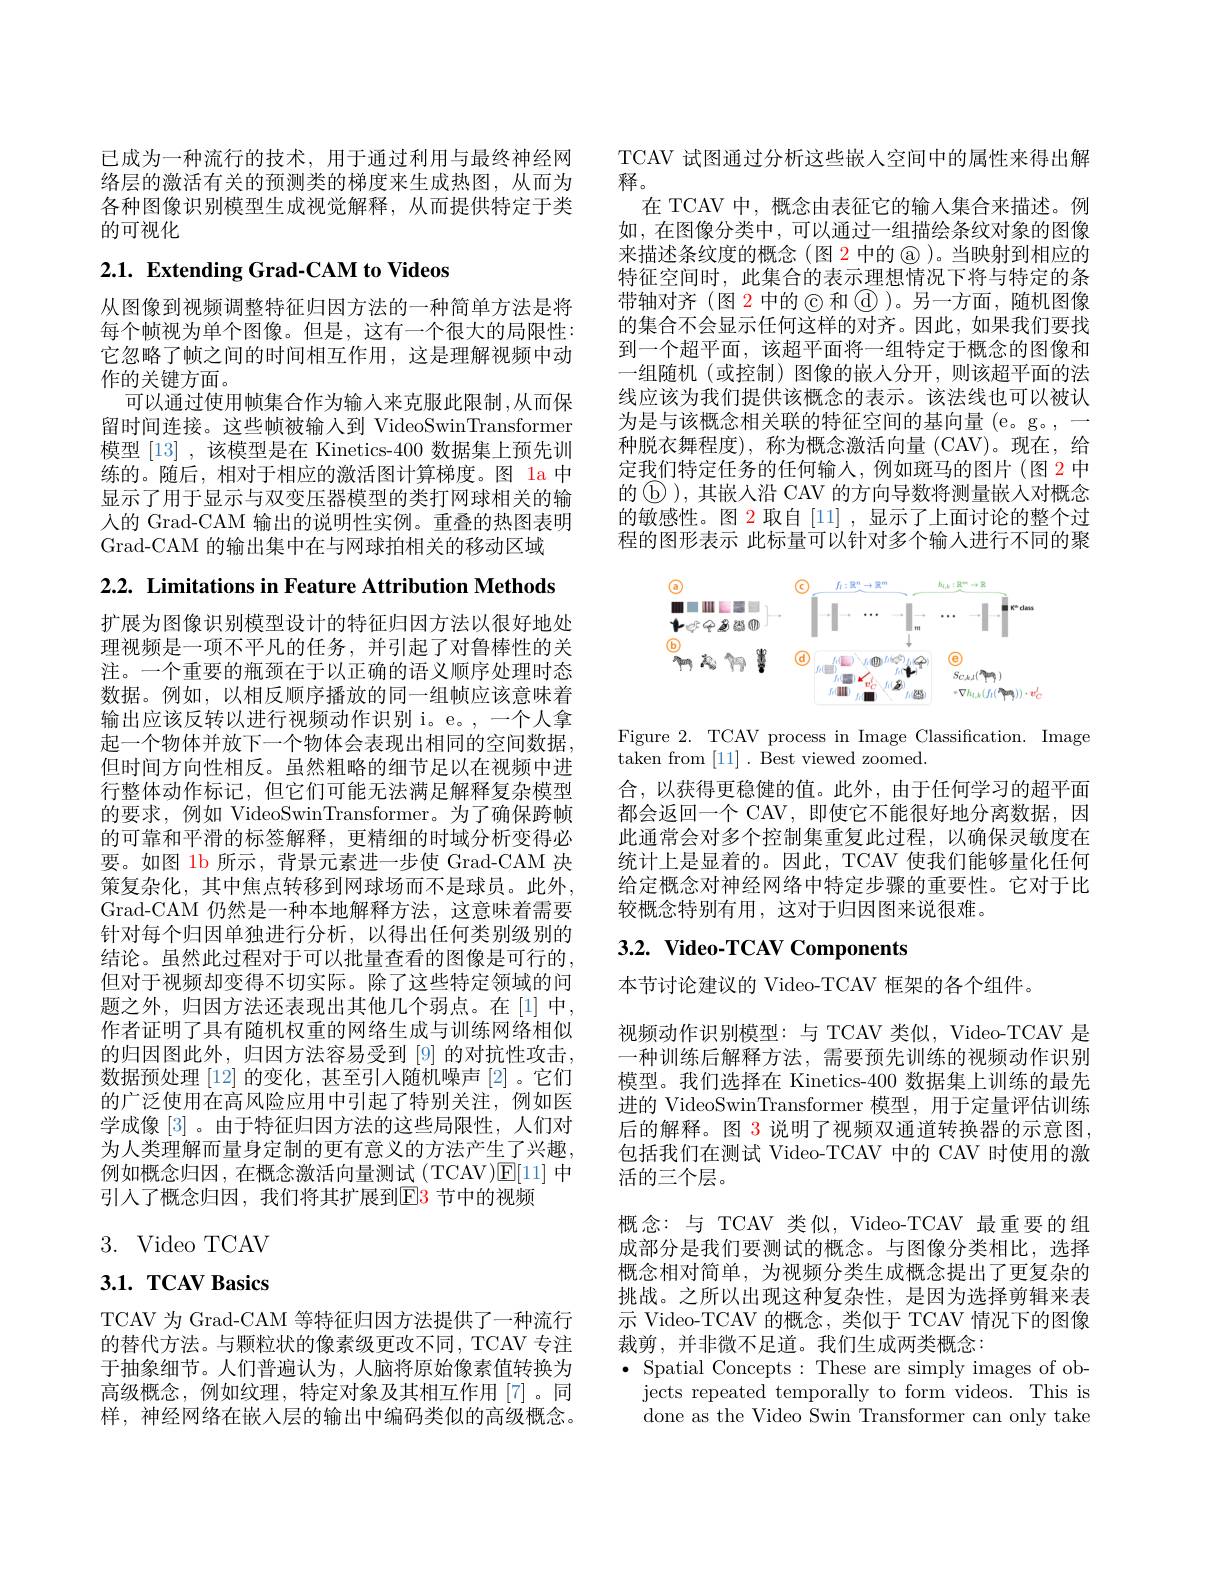
已成为一种流行的技术，用于通过利用与最终神经网络层的激活有关的预测类的梯度来生成热图，从而为各种图像识别模型生成视觉解释，从而提供特定于类的可视化

# 2.1. Extending Grad-CAM to Videos

从图像到视频调整特征归因方法的一种简单方法是将每个帧视为单个图像。但是，这有一个很大的局限性： 它忽略了帧之间的时间相互作用，这是理解视频中动作的关键方面。
可以通过使用帧集合作为输入来克服此限制 ,从而保留时间连接。这些帧被输入到 VideoSwinTransformer 模型 [13] , 该模型是在 Kinetics-400 数据集上预先训练的。随后，相对于相应的激活图计算梯度。图 1a 中显示了用于显示与双变压器模型的类打网球相关的输入的 Grad-CAM 输出的说明性实例。重叠的热图表明Grad-CAM 的输出集中在与网球拍相关的移动区域

2.2. Limitations in Feature Attribution Methods

扩展为图像识别模型设计的特征归因方法以很好地处理视频是一项不平凡的任务，并引起了对鲁棒性的关注。一个重要的瓶颈在于以正确的语义顺序处理时态数据。例如，以相反顺序播放的同一组帧应该意味着输出应该反转以进行视频动作识别 i。e。,一个人拿起一个物体并放下一个物体会表现出相同的空间数据， 但时间方向性相反。虽然粗略的细节足以在视频中进行整体动作标记，但它们可能无法满足解释复杂模型的要求，例如 VideoSwinTransformer。为了确保跨帧的可靠和平滑的标签解释，更精细的时域分析变得必要。如图 1b 所示，背景元素进一步使 Grad-CAM 决策复杂化，其中焦点转移到网球场而不是球员。此外， Grad-CAM 仍然是一种本地解释方法，这意味着需要针对每个归因单独进行分析，以得出任何类别级别的结论。虽然此过程对于可以批量查看的图像是可行的， 但对于视频却变得不切实际。除了这些特定领域的问题之外，归因方法还表现出其他几个弱点。在[1]中， 作者证明了具有随机权重的网络生成与训练网络相似的归因图此外，归因方法容易受到[9]的对抗性攻击， 数据预处理[12]的变化，甚至引入随机噪声[2]。它们的广泛使用在高风险应用中引起了特别关注，例如医学成像[3]。由于特征归因方法的这些局限性，人们对为人类理解而量身定制的更有意义的方法产生了兴趣， 例如概念归因，在概念激活向量测试(TCAV)$\mathbb{E}[11]$中引入了概念归因，我们将其扩展到$\color{red}{\mathrm{E3}}$节中的视频

3. Video TCAV

# $3. 1. \textbf{ TCAV Basics}$

TCAV 为 Grad-CAM 等特征归因方法提供了一种流行的替代方法。与颗粒状的像素级更改不同，TCAV 专注于抽象细节。人们普遍认为，人脑将原始像素值转换为高级概念，例如纹理，特定对象及其相互作用[7]。同样，神经网络在嵌人层的输出中编码类似的高级概念。

TCAV 试图通过分析这些嵌人空间中的属性来得出解
释。
在 TCAV 中，概念由表征它的输入集合来描述。例如，在图像分类中，可以通过一组描绘条纹对象的图像来描述条纹度的概念(图 2 中的$\textcircled{\mathrm{a}})$。当映射到相应的特征空间时，此集合的表示理想情况下将与特定的条带轴对齐(图 2 中的© 和$\textcircled{\mathrm{d}}$)。另一方面，随机图像的集合不会显示任何这样的对齐。因此，如果我们要找到一个超平面，该超平面将一组特定于概念的图像和一组随机(或控制)图像的嵌人分开，则该超平面的法线应该为我们提供该概念的表示。该法线也可以被认为是与该概念相关联的特征空间的基向量(e。g。,一种脱衣舞程度),称为概念激活向量(CAV)。现在，给定我们特定任务的任何输入，例如斑马的图片(图 2 中的$\textcircled{\mathrm{b}}$),其嵌人沿 CAV 的方向导数将测量嵌入对概念的敏感性。图 2 取自 [11] ,显示了上面讨论的整个过程的图形表示 此标量可以针对多个输入进行不同的聚

<FigureHere>

Figure 2. TCAV process in Image Classification. Image
taken from [11]. Best viewed zoomed.

合，以获得更稳健的值。此外，由于任何学习的超平面都会返回一个 CAV, 即使它不能很好地分离数据，因此通常会对多个控制集重复此过程，以确保灵敏度在统计上是显着的。因此，TCAV 使我们能够量化任何给定概念对神经网络中特定步骤的重要性。它对于比较概念特别有用，这对于归因图来说很难。

# $3. 2. \textbf{ Video- TCAV Components}$

本节讨论建议的 Video-TCAV 框架的各个组件。

视频动作识别模型：与 TCAV 类似，Video-TCAV 是一种训练后解释方法，需要预先训练的视频动作识别模型。我们选择在 Kinetics-400 数据集上训练的最先进的 VideoSwinTransformer 模型，用于定量评估训练后的解释。图 3 说明了视频双通道转换器的示意图， 包括我们在测试 Video-TCAV 中的 CAV 时使用的激活的三个层。
概念：与 TCAV 类似，Video-TCAV 最重要的组成部分是我们要测试的概念。与图像分类相比，选择概念相对简单，为视频分类生成概念提出了更复杂的挑战。之所以出现这种复杂性，是因为选择剪辑来表示 Video-TCAV 的概念，类似于 TCAV 情况下的图像裁剪，并非微不足道。我们生成两类概念：
$\bullet$ Spatial Concepts: These are simply images of ob-
jects repeated temporally to form videos. This is done as the Video Swin Transformer can only take